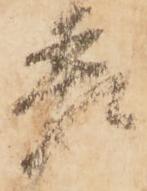
差